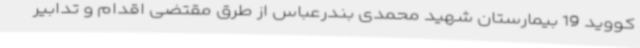
کووید 19 بیمارستان شهید محمدی بندرعباس از طرق مقتضی اقدام و تدابیر